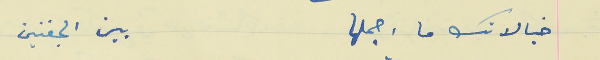
خيالاتك ما اجملها                           بين الجفنين